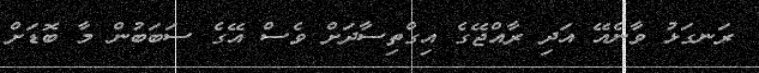
ރަނގަޅު ވާނެއޭ އަދި ރާއްޖޭގެ އިގްތިސާދަށް ވެސް އޭގެ ސަބަބުން މާ ބޮޑަށް